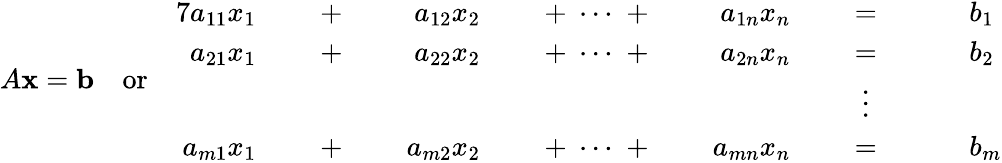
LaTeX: A\mathbf{x}=\mathbf{b}\quad{\mathrm{or}}\quad{\begin{array}{rlrlrlrlrlrlrl}{{7}a_{11}x_{1}}&{}&{\; +\; }&{}&{a_{12}x_{2}}&{}&{\; +\; \cdots\; +\; }&{}&{a_{1n}x_{n}}&{}&{\; =\; }&{}&&{b_{1}}\\ {a_{21}x_{1}}&{}&{\; +\; }&{}&{a_{22}x_{2}}&{}&{\; +\; \cdots\; +\; }&{}&{a_{2n}x_{n}}&{}&{\; =\; }&{}&&{b_{2}}\\ &{}&&{}&&{}&&{}&&{}&{\vdots\ \; }&{}&&{}\\ {a_{m1}x_{1}}&{}&{\; +\; }&{}&{a_{m2}x_{2}}&{}&{\; +\; \cdots\; +\; }&{}&{a_{mn}x_{n}}&{}&{\; =\; }&{}&&{b_{m}}\end{array}}